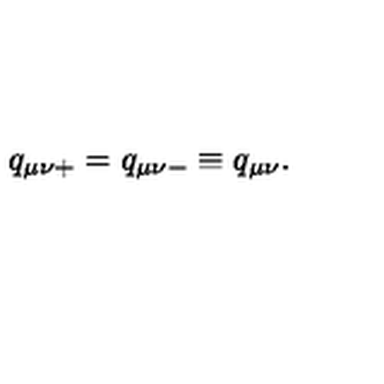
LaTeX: q _ { \mu \nu + } = q _ { \mu \nu - } \equiv q _ { \mu \nu } .